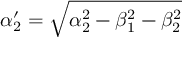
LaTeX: \alpha _ { 2 } ^ { \prime } = \sqrt { \alpha _ { 2 } ^ { 2 } - \beta _ { 1 } ^ { 2 } - \beta _ { 2 } ^ { 2 } }